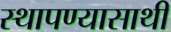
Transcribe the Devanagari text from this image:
स्थापण्यासाथी